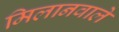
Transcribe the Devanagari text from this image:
मिलानवाले